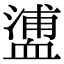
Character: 𧗉